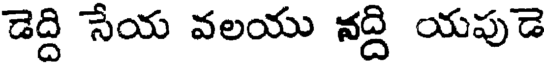
డెద్ది సేయ వలయు నద్ది యపుడె